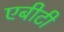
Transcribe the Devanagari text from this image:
एबीटी